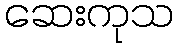
ဆေးကုသ